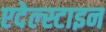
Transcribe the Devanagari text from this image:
एदेल्स्टाइन